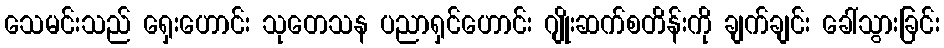
သေမင်းသည် ရှေးဟောင်း သုတေသန ပညာရှင်ဟောင်း ဂျိုးဆက်စတိန်းကို ချက်ချင်း ခေါ်သွားခြင်း